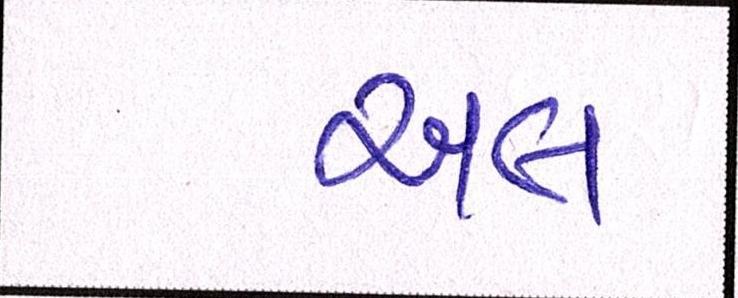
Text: અલ